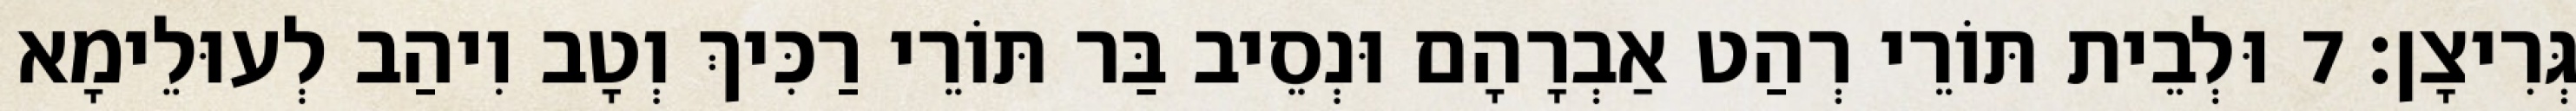
גְּרִיצָן׃ 7 וּלְבֵית תּוֹרֵי רְהַט אַבְרָהָם וּנְסֵיב בַּר תּוֹרֵי רַכִּיךְ וְטָב וִיהַב לְעוּלֵימָא